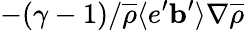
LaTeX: -(\gamma-1)/\overline{{\rho}}\langle{e^{\prime}{\mathbf{b}}^{\prime}}\rangle\nabla\overline{{\rho}}